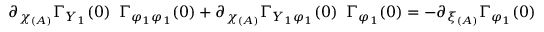
\partial _ { \chi _ { ( A ) } } \Gamma _ { Y _ { 1 } } ( 0 ) \; \; \Gamma _ { \varphi _ { 1 } \varphi _ { 1 } } ( 0 ) + \partial _ { \chi _ { ( A ) } } \Gamma _ { Y _ { 1 } \varphi _ { 1 } } ( 0 ) \; \; \Gamma _ { \varphi _ { 1 } } ( 0 ) = - \partial _ { \xi _ { ( A ) } } \Gamma _ { \varphi _ { 1 } } ( 0 )